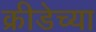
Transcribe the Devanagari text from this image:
क्रीडेच्या